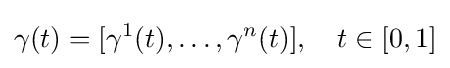
\gamma (t)=[\gamma ^{1}(t),\dots ,\gamma ^{n}(t)],\quad t\in [0,1]